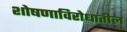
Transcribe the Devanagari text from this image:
शोषणाविरोधातील